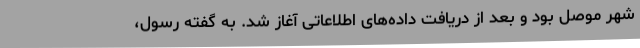
شهر موصل بود و بعد از دریافت داده‌های اطلاعاتی آغاز شد. به گفته رسول،